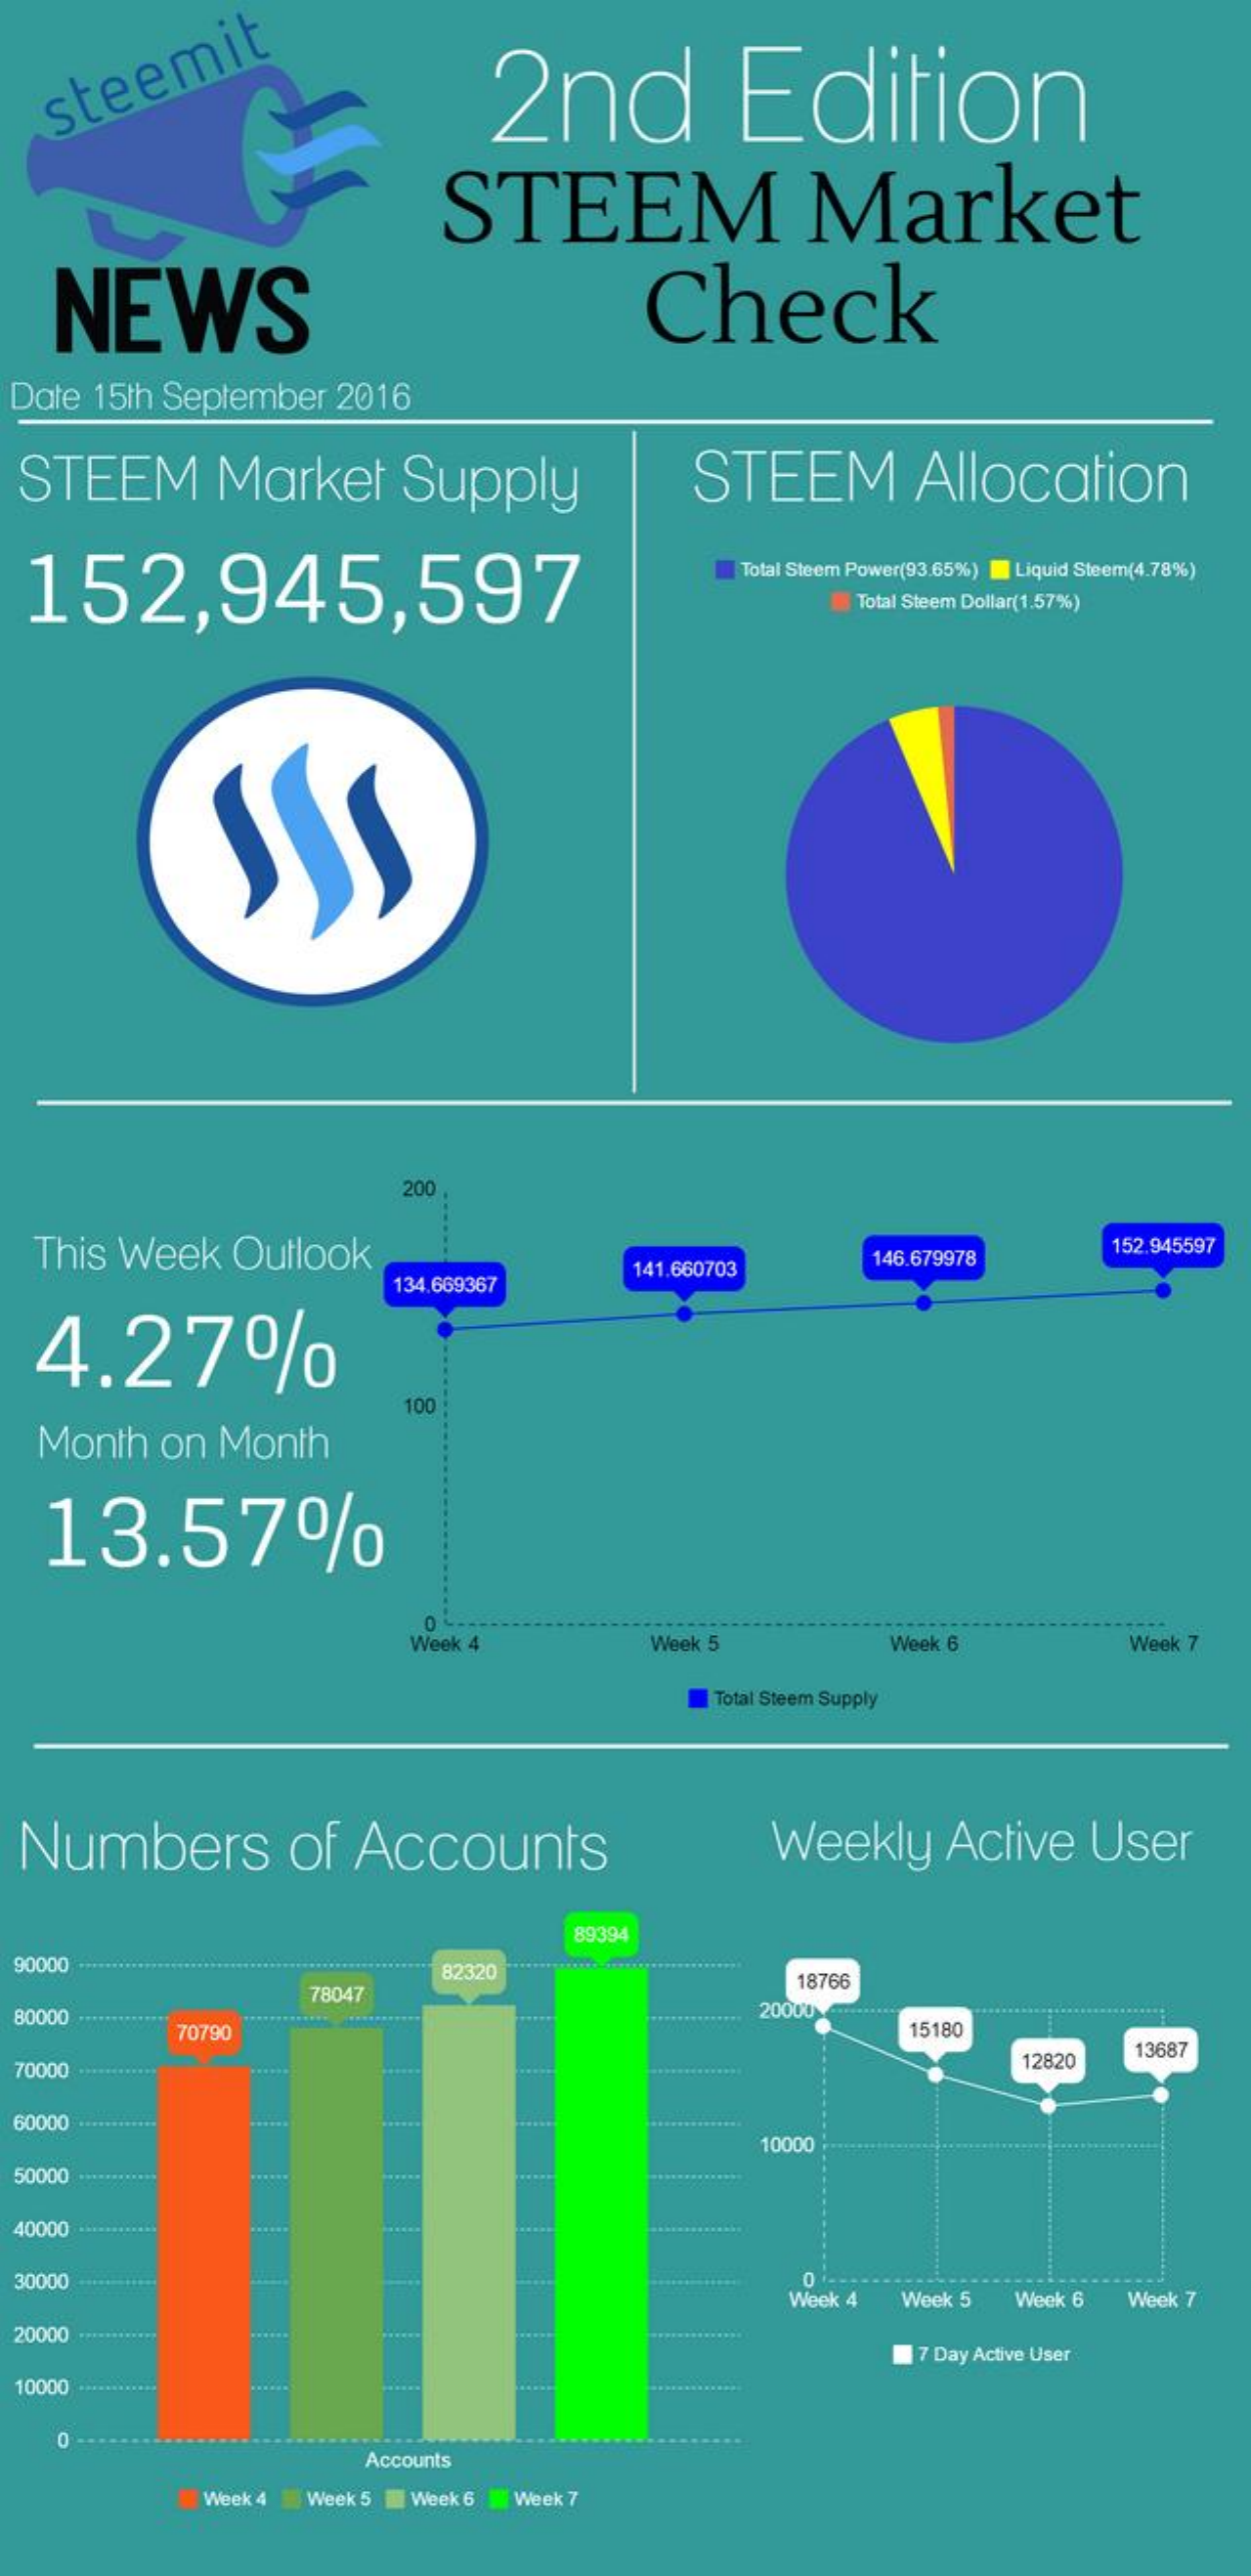
steemit    2nd    Edition
     STEEM    Market
     NEWS    Check
  Date  15th  September    2016
  STEEM    Market    Supply    STEEM    Allocation
  152,945,597
     Total Steem Power(93.65%) Liquid Steem(4.78%)
     Total Steem Dollar(1.57%)
     200
   This   Week    Outlook
     141.660703    146.679978
     152.945597
     134,669367
    4.27%
     100
   Month    on   Month
    13.57%
     0
     Week 4    Week 5    Week 6    Week 7
     Total Steem Supply
  Numbers    of    Accounts    Weekly    Active    User
     89394
  90000    82320
     78047
     18766
  80000    20000
     70790    15180
  70000    12820
     13687
  60000
     10000
  50000
  40000    ......    .....
     ......
  30000    0
     Week 4    Week 5    Week 6    Week 7
  20000 ************   .....    .....
     7 Day Active User
  10000 **********    ......
     0
     Accounts
     Week 4   Week 5    Week 6   Week 7